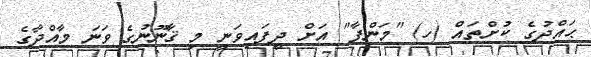
ޙައްދުގެ ކުށްތައް (ހ) "މަންފާ" އަށް ދީފައިވަނީ މި ޤާނޫނުގެ ވަނަ މާއްދާގެ